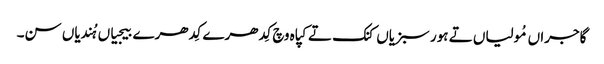
گاجراں مُولیاں تے ہور سبزیاں کنک تے کپاہ وچ کِدھرے کِدھرے بیجیاں ہُندیاں سن۔